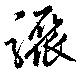
驟